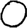
Digit: 0